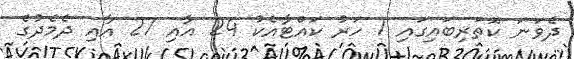
ދެވަނަ ކޮތަރިބައިގައި 1 ހަރު ކައްޓާއެކު 24 އާއި 27 އާއި ދެމެދުގެ